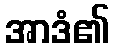
အာဒံ၏